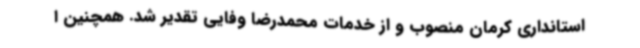
استانداری کرمان منصوب و از خدمات محمدرضا وفایی تقدیر شد. همچنین ا